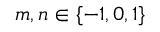
m , n \in \{ - 1 , 0 , 1 \}